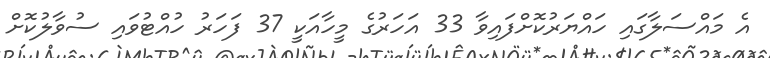
އެ މައްސަލާގައި ހައްޔަރުކޮށްފައިވާ 33 އަހަރުގެ މީހާއަކީ 37 ފަހަރު ހުއްޓުވައި ސުވާލުކޮށް